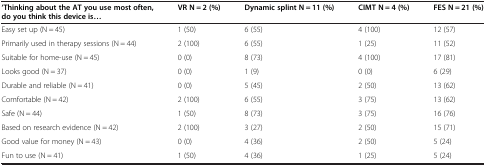
<table><thead><tr><td><b>‘Thinking about the AT you use most often, do you think this device is...</b></td><td><b>VR N = 2 (%)</b></td><td><b>Dynamic splint N = 11 (%)</b></td><td><b>CIMT N = 4 (%)</b></td><td><b>FES N = 21 (%)</b></td></tr></thead><tbody><tr><td>Easy set up (N = 45)</td><td>1 (50)</td><td>6 (55)</td><td>4 (100)</td><td>12 (57)</td></tr><tr><td>Primarily used in therapy sessions (N = 44)</td><td>2 (100)</td><td>6 (55)</td><td>1 (25)</td><td>11 (52)</td></tr><tr><td>Suitable for home-use (N = 45)</td><td>0 (0)</td><td>8 (73)</td><td>4 (100)</td><td>17 (81)</td></tr><tr><td>Looks good (N = 37)</td><td>0 (0)</td><td>1 (9)</td><td>0 (0)</td><td>6 (29)</td></tr><tr><td>Durable and reliable (N = 41)</td><td>0 (0)</td><td>5 (45)</td><td>2 (50)</td><td>13 (62)</td></tr><tr><td>Comfortable (N = 42)</td><td>2 (100)</td><td>6 (55)</td><td>3 (75)</td><td>13 (62)</td></tr><tr><td>Safe (N = 44)</td><td>1 (50)</td><td>8 (73)</td><td>3 (75)</td><td>16 (76)</td></tr><tr><td>Based on research evidence (N = 42)</td><td>2 (100)</td><td>3 (27)</td><td>2 (50)</td><td>15 (71)</td></tr><tr><td>Good value for money (N = 43)</td><td>0 (0)</td><td>4 (36)</td><td>2 (50)</td><td>5 (24)</td></tr><tr><td>Fun to use (N = 41)</td><td>1 (50)</td><td>4 (36)</td><td>1 (25)</td><td>5 (24)</td></tr></tbody></table>